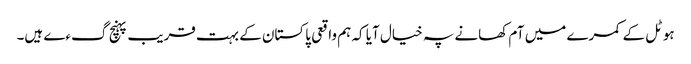
ہوٹل کے کمرے میں آم کھانے پہ خیال آیا کہ ہم واقعی پاکستان کے بہت قریب پہنچ گءے ہیں۔